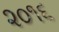
૨૦૧૬